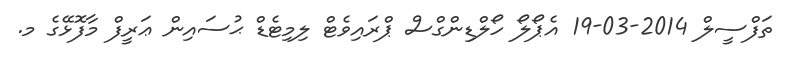
ތަފްސީލް 2014-03-19 އެޕޯލޯ ހޯލްޑިންގްސް ޕްރައިވެޓް ލިމިޓެޑް ޙުސައިން ޢަރީފް މާފޮޅޭގެ މ.